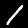
Digit: 1